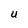
Character: U